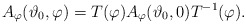
\begin{align*}A_{\varphi} (\vartheta_{0},\varphi) = T(\varphi) A_{\varphi} (\vartheta_{0},0) T^{-1}(\varphi).\end{align*}